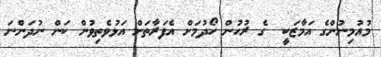
މުއުމިނުންގެ އަމާޒަކީ  ގެ ރުހުން ހޯދުމަށް އެފަރާތަށް އަޅުވެތިވުން ކަން ނުދަންނަ